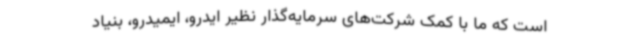
است که ما با کمک شرکت‌های سرمایه‌گذار نظیر ایدرو، ایمیدرو، بنیاد